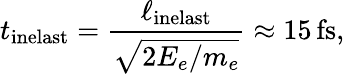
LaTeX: t_{\mathrm{inelast}}=\frac{\ell_{\mathrm{inelast}}}{\sqrt{2E_{e}/m_{e}}}\approx 15\, \mathrm{fs},